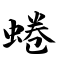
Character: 蜷